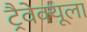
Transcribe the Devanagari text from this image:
ट्रैवेक्यूला